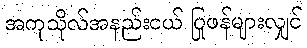
အကုသိုလ်အနည်းငယ် ပြုဖန်များလျှင်